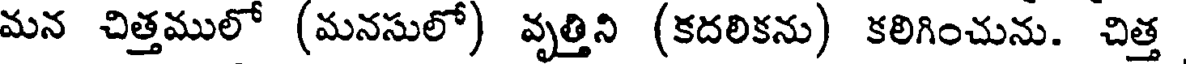
మన చిత్తములో (మనసులో) వృత్తిని (కదలికను) కలిగించును. చిత్త